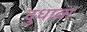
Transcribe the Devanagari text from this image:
दुधावा